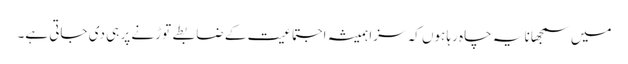
میں سمجھانا یہ چاہ رہا ہوں کہ سزا ہمیشہ اجتماعیت کے ضابطے توڑنے پر ہی دی جاتی ہے۔